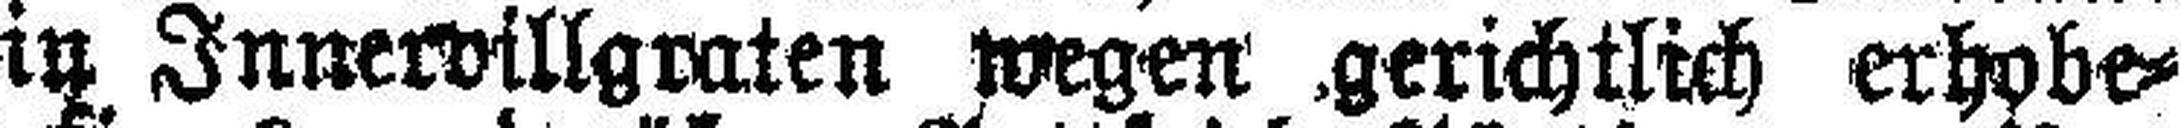
Senfter in Innervillgraten wegen .gerichtlich erhobe¬